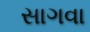
સાગવા